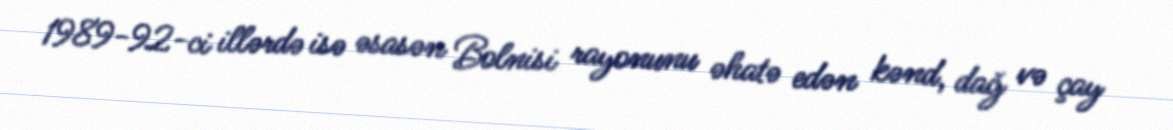
1989-92-ci illərdə isə əsasən Bolnisi rayonunu əhatə edən kənd, dağ və çay